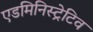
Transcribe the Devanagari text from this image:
एडमिनिस्ट्रेटिव